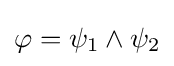
\varphi =\psi _{1}\land \psi _{2}